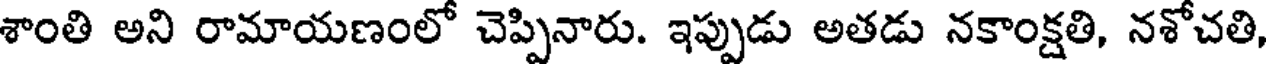
శాంతి అని రామాయణంలో చెప్పినారు. ఇప్పుడు అతడు నకాంక్షతి, నశోచతి,